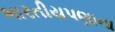
ભારતીયપણાના